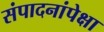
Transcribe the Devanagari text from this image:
संपादनांपेक्षा